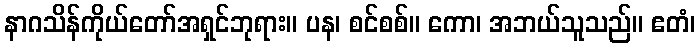
နာဂသိန်ကိုယ်တော်အရှင်ဘုရား။ ပန၊ စင်စစ်။ ကော၊ အဘယ်သူသည်။ ဧတံ၊